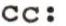
cc: